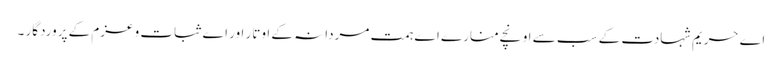
اے حریم شہادت کے سب سے اونچے منارے اے ہمت مردانہ کے اوتار اور اے ثبات و عزم کے پروردگار ۔